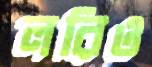
লরিও